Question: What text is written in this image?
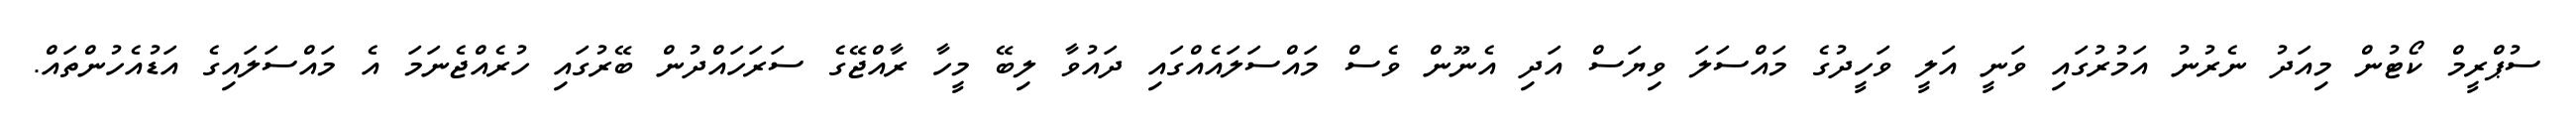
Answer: ސުޕްރީމް ކޯޓުން މިއަދު ނެރުނު އަމުރުގައި ވަނީ އަލީ ވަހީދުގެ މައްސަލަ ވިޔަސް އަދި އެނޫން ވެސް މައްސަލައެއްގައި ދައުވާ ލިބޭ މީހާ ރާއްޖޭގެ ސަރަހައްދުން ބޭރުގައި ހުރެއްޖެނަމަ އެ މައްސަލައިގެ އަޑުއެހުންތައް.